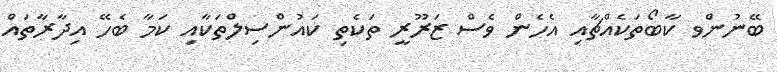
ބޭނުންވ ކާބޯތަކެއްޗާއި އެހެން ވެސް ޒަރޫރީ ތަކެތި ކައުންސިލްތަކާއި ކަމާ ބެހޭ އިދާރާތައް